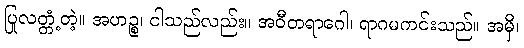
ပြုလတ္တံ့တဲ့။ အဟဉ္စ၊ ငါသည်လည်း။ အဝီတရာဂေါ၊ ရာဂမကင်းသည်။ အမှိ၊